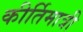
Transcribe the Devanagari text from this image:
कीर्तिमात्री